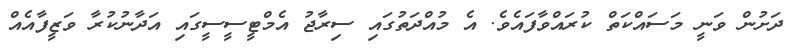
ދަށުން ވަނީ މަސައްކަތް ކުރައްވާފައެވެ. އެ މުއްދަތުގައި ސިރާޖު އެމްޓީސީސީގައި އަދާނުކުރާ ވަޒީފާއެއް